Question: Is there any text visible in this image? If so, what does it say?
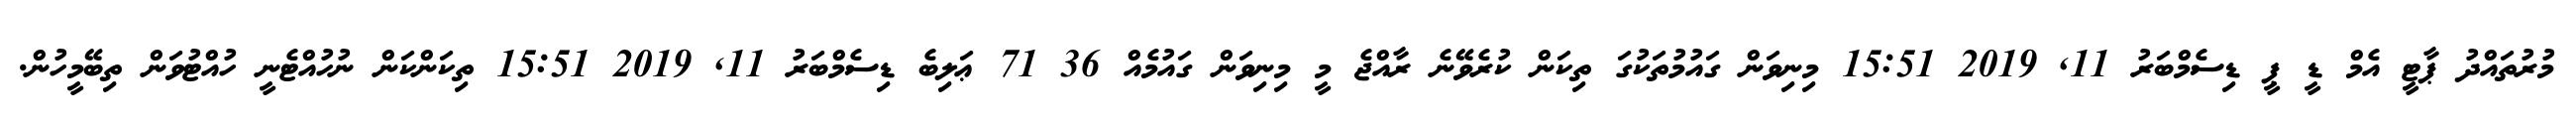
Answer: މުރުތައްދު ޕާޓީ އެމް ޑީ ޕީ ޑިސެމްބަރު 11, 2019 15:51 މިނިވަން ގައުމުތަކުގަ ތިކަން ކުރެވޭނެ ރާއްޖެ މީ މިނިވަން ގައުމެއް 36 71 ޢަލިބެ ޑިސެމްބަރު 11, 2019 15:51 ތިކަންކަން ނުހުއްޓެނީ ހުއްޓުވަން ތިބޭމީހުން.